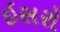
ઇસરો